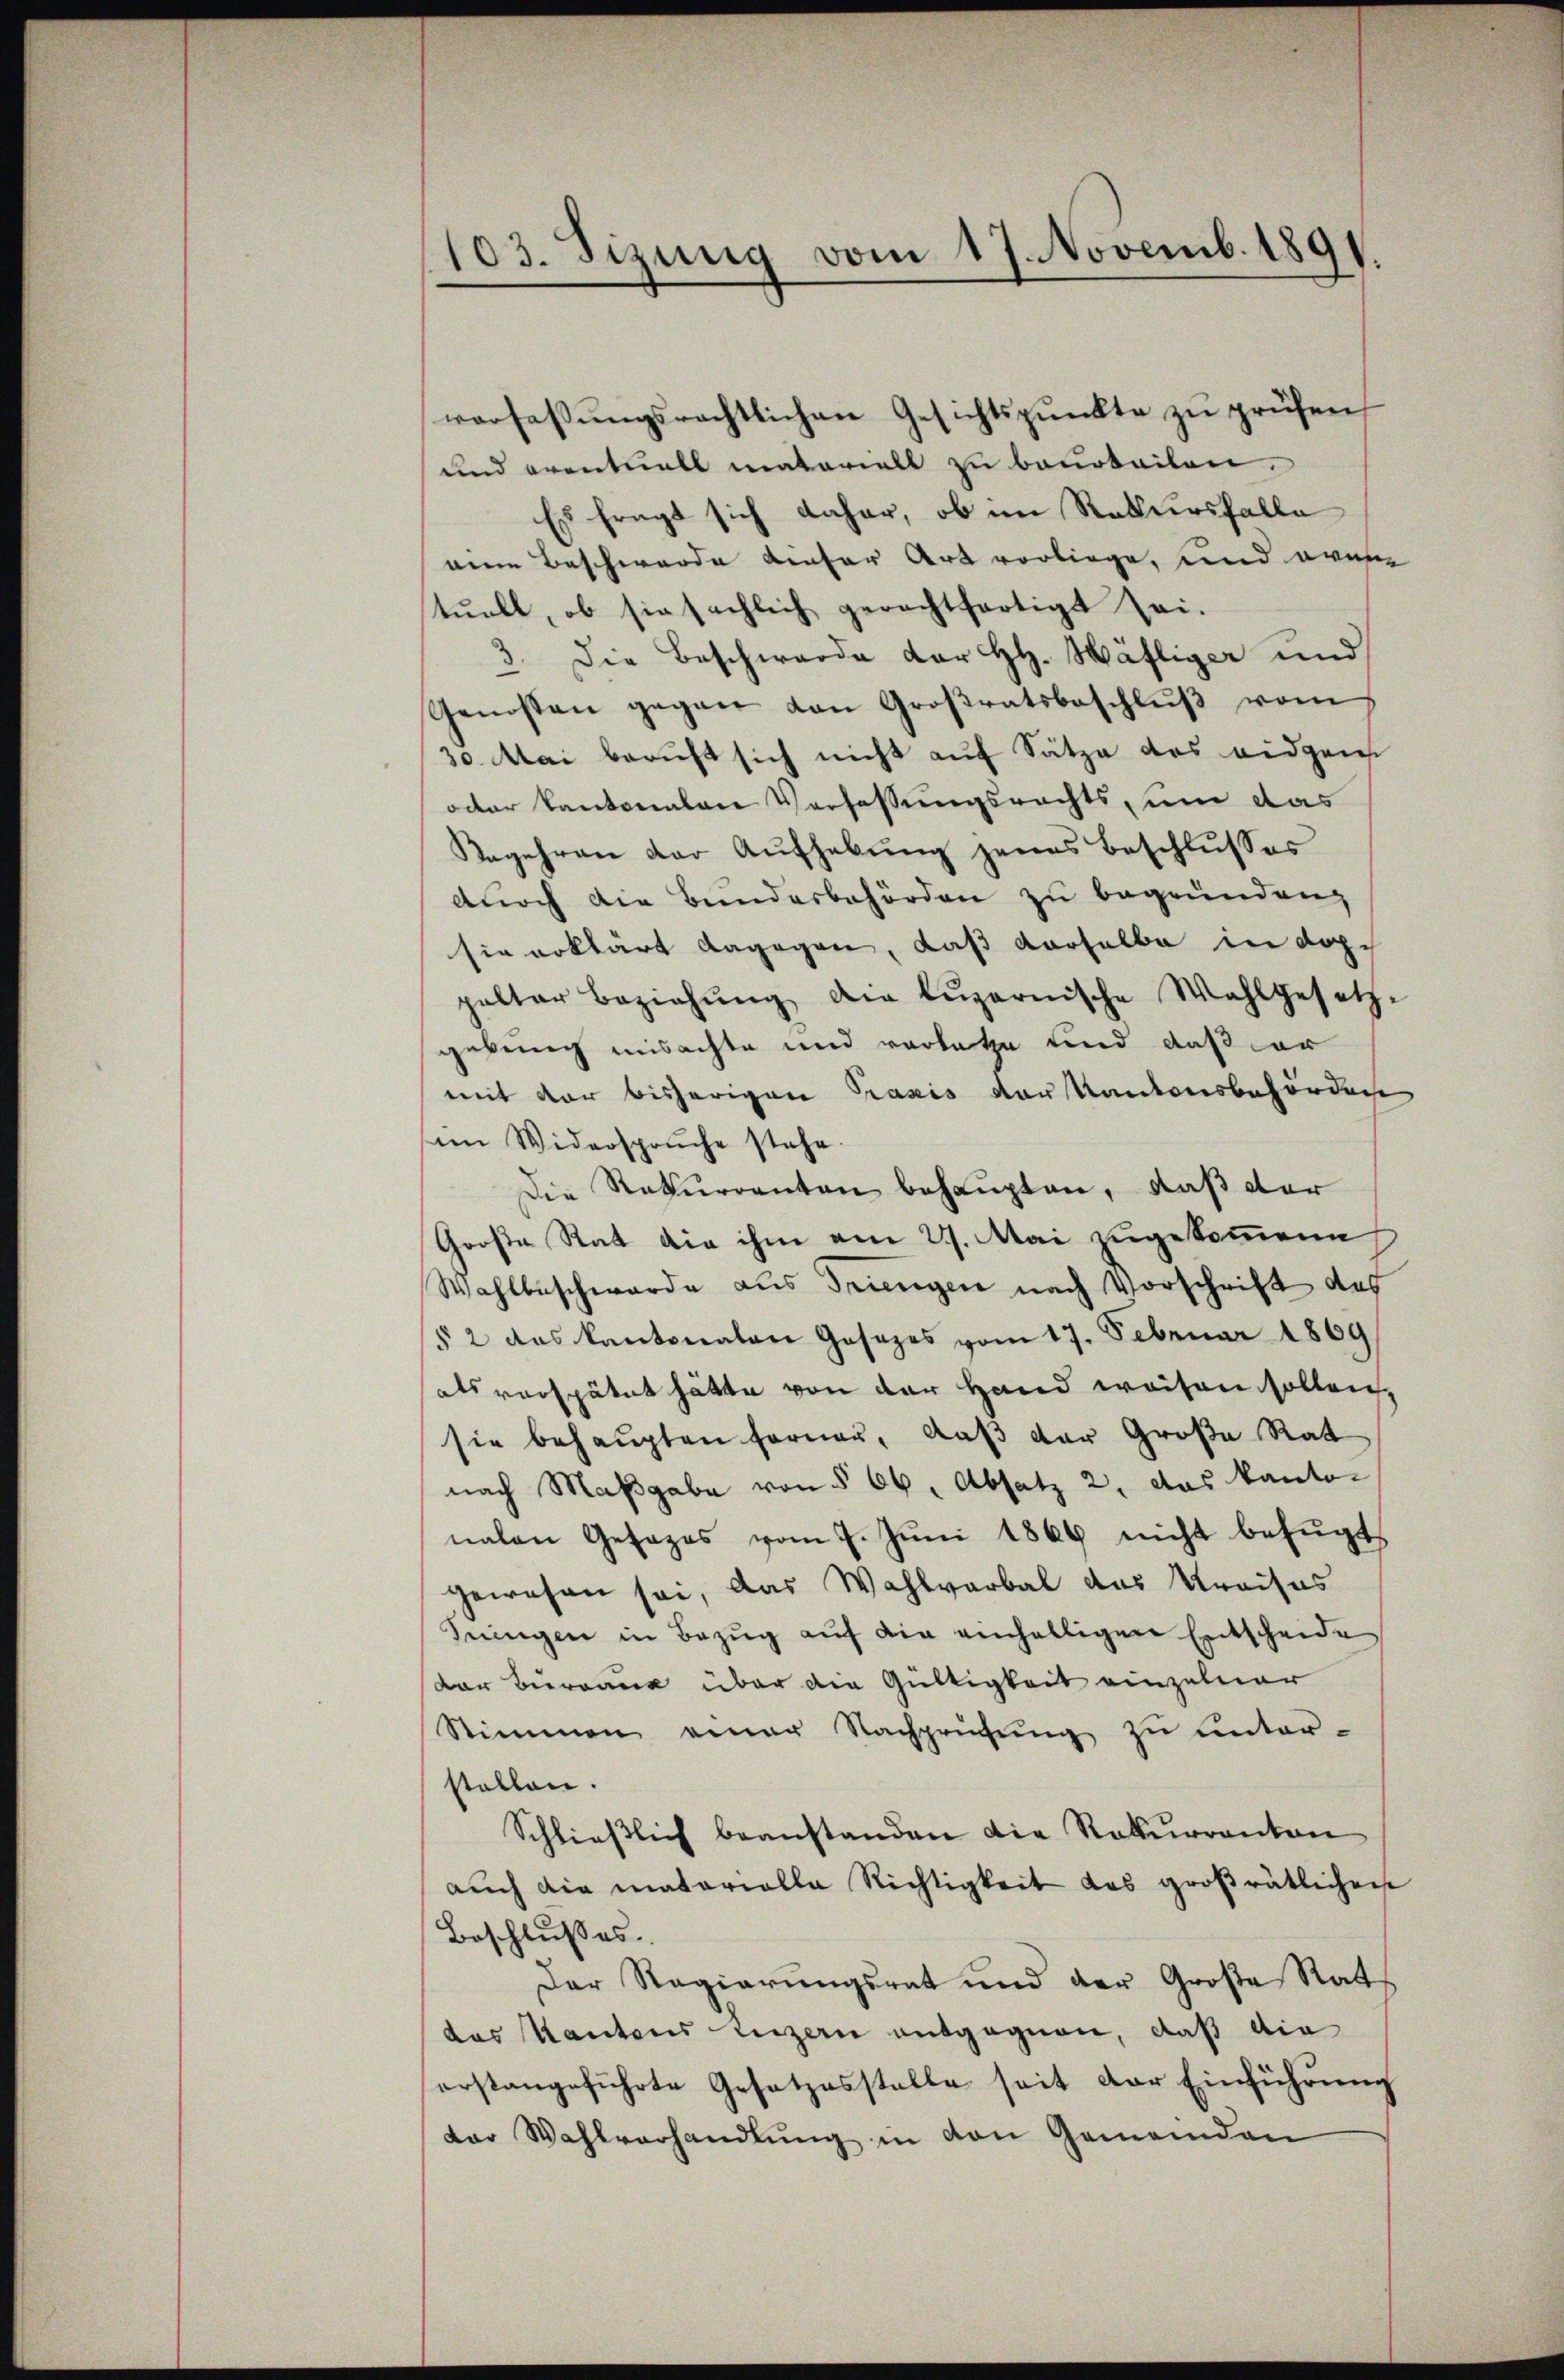
103. Sizung vom 17. Novemb. 1891.

verfassungsrechtlichen Gesichtspunkte zu prüfen,
und eventuell materiell zu beurteilen.
Es fragt sich daher, ob im Rekursfalle
eine Beschwerde dieser Art vorliege, und even
tuell, ob sie sächlich gerachtfertigt sei.
3. Die Beschwerde der HH. Wäfliger und
Genossen gegen den Großratsbeschlŭβ vom
30. Mai beruft sich nicht auf Sätze des eidgen
oder Kantonalane Verfassungsrechts, um das
Begehren der Aufhebung jenes Beschlusses
durch die Bundesbehörden zu begründen,
sie erklärt dagegen, daß derselbe in doppalter Beziehŭng die luzernische Wahlgesetz-
gebung misachte und vorlatze und daß er
mit der bisherigen Praxis der Kantonsbehörden
in Widersprüche stehe.
Die Rekurrenten behaupten, daß der
Große Rat die ihm am 27. Mai zugekommene
Wahlbeschwerde aus Triengen nach Vorschrift des
§ 2 das Kantonalen Gesezes vom 17. Februar 1869
als verspätet hätte von der Hand weiten sollen,
sie behaupten fernen, daß der Große Rat
nach Maßgabe von § 66, Absatz 2, das kanto-
nalen Gesezes vom 7. Juni 1869 nicht befugt,
gewesen sei, das Wahlverbal das Kreises
Suingen in Bezug auf die einhelligen Entscheide
der Bureaus über die Gültigkeit einzelner
Stimmen einer Nachprüfŭng zu unter-
stellen.
Schlieβlich beanstanden die Rekurrenten
aŭch die materialla Richtigkeit das groβrätlichen
Beschlußes.
Der Regierungsrat und der Große Rat
das Kantons Luzern entgegnen, daß die
orstangeführte Gesetzesstelle seit der Einführung
dor Wahlverhandlŭng in den Gemeinden